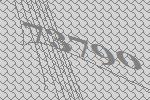
73790